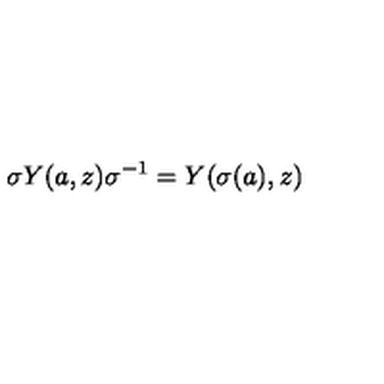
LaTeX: \sigma Y ( a , z ) \sigma ^ { - 1 } = Y ( \sigma ( a ) , z )